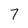
Character: 7